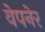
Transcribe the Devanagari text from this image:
वेपनेर